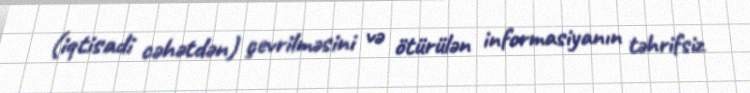
(iqtisadi cəhətdən) çevrilməsini və ötürülən informasiyanın təhrifsiz